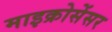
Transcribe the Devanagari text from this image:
माइक्रोसेंसर